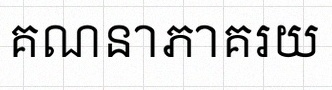
គណនាភាគរយ